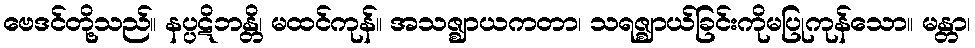
ဗေဒင်တို့သည်။ နပ္ပဋိဘန္တိ၊ မထင်ကုန်။ အသဇ္ဈာယကတာ၊ သရဇ္ဈာယ်ခြင်းကိုမပြုကုန်သော။ မန္တာ၊